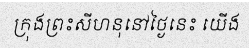
ក្រុងព្រះសីហនុនៅថ្ងៃនេះ យើង